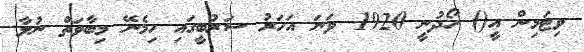
ވިޓަމިން އީ() ހޯދުނީ 1920 ވަނަ އަހަރު ސަރުބީގައި ހިމެނޭ މިބާވަތް ނުލާ